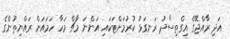
އަދި ރާއްޖޭގެ އިގްތިސާދު ރަނގަޅު ކުރުމަށްޓަކައި އަންނަ މާޗް މަހާ ހަމައަށް ރައްޔިތުންގެ